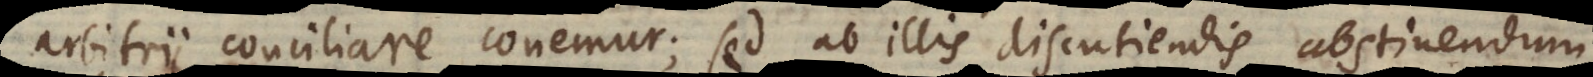
arbitrii conciliare conemur; sed ab illis discutiendis abstinendum